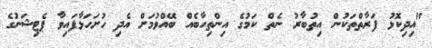
"އިދިކޮޅު ފަރާތްތަކުން އިތުބާރު ނެތް ކަމުގެ އިންތިހާބެއް ބޭއްވުމަށް އެދި ހުށަހަޅާފައިވާ ޕެޓިޝަނުގެ